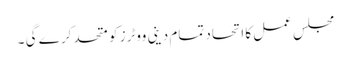
مجلس عمل کا اتحاد تمام دینی ووٹرز کو متحد کر ے گی ۔